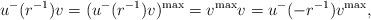
LaTeX: \begin{align*}u^{-}(r^{-1})v= (u^{-}(r^{-1})v)^{\max}=v^{\max} v = u^{-}(-r^{-1})v^{\max},\end{align*}